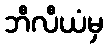
ဘီလီယံမှ